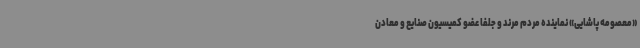
«معصومه پاشایی» نماینده مردم مرند و جلفا عضو کمیسیون صنایع و معادن